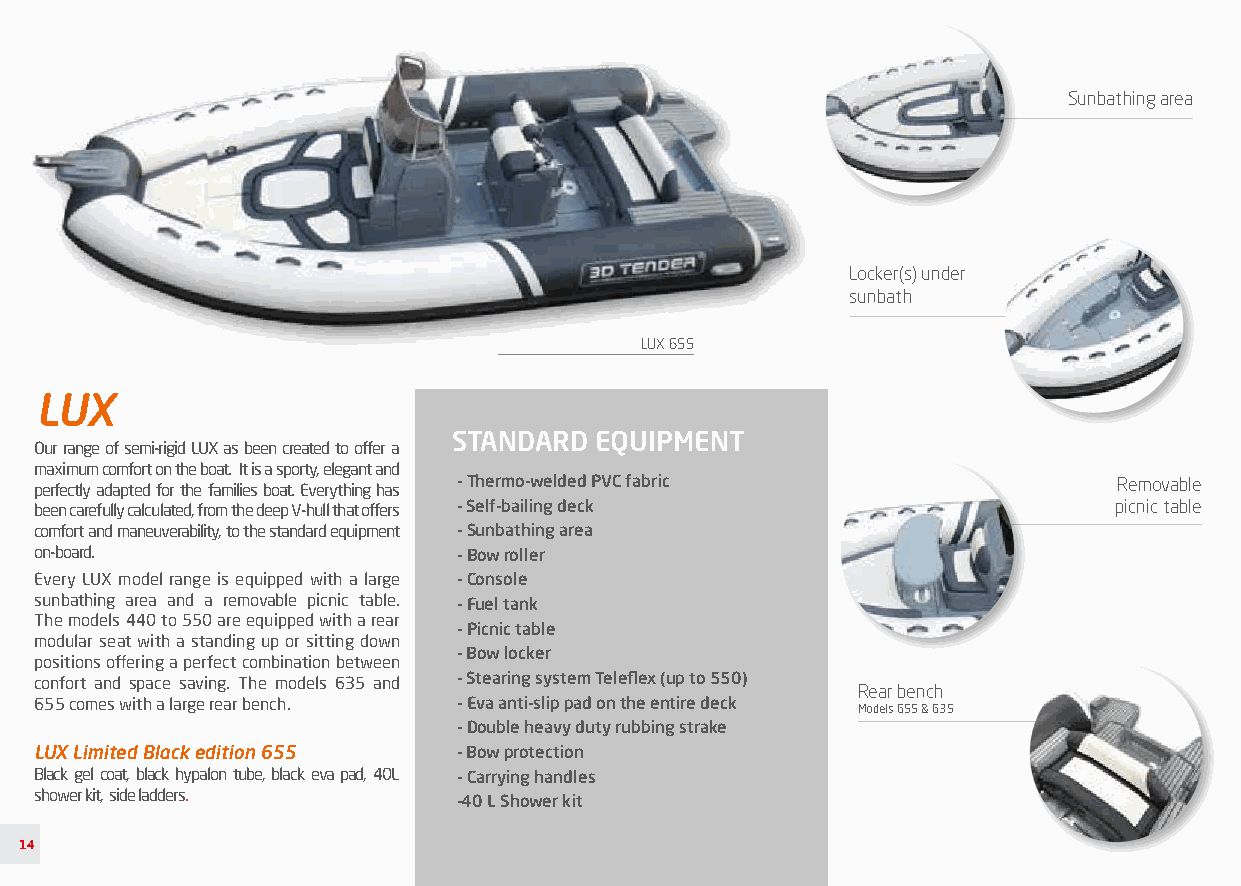
Sunbathing area
 Locker(s) under
 sunbath
 LUX 655
 LUX
 STANDARD EQUIPMENT
 Our range of semi-rigid LUX as been created to offer a
 maximum comfort on the boat. It is a sporty, elegant and
 - Thermo-welded PVC fabric                  Removable
 perfectly adapted for the families boat. Everything has
 been carefully calculated, from the deep V-hull that offers - Self-bailing deck picnic table
 comfort and maneuverability, to the standard equipment - Sunbathing area
 on-board.                   - Bow roller
 Every LUX model range is equipped with a large - Console
 sunbathing area and a removable picnic table. - Fuel tank
 The models 440 to 550 are equipped with a rear
 - Picnic table
 modular seat with a standing up or sitting down
 - Bow locker
 positions offering a perfect combination between
 confort and space saving. The models 635 and - Stearing system Teleflex (up to 550)
 Rear bench
 655 comes with a large rear bench. - Eva anti-slip pad on the entire deck
 Models 655 & 635
 - Double heavy duty rubbing strake
 LUX Limited Black edition 655 - Bow protection
 Black gel coat, black hypalon tube, black eva pad, 40L - Carrying handles
 shower kit, side ladders.
 -40 L Shower kit
 14